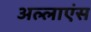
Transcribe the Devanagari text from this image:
अल्लाएंस